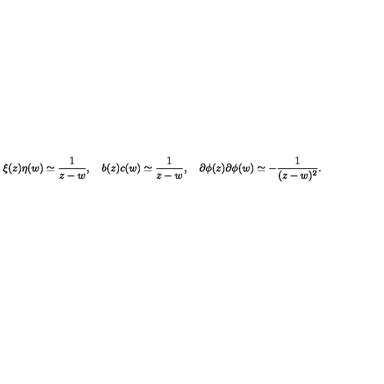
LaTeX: \xi ( z ) \eta ( w ) \simeq { \frac { 1 } { z - w } } , \quad b ( z ) c ( w ) \simeq { \frac { 1 } { z - w } } , \quad \partial \phi ( z ) \partial \phi ( w ) \simeq - { \frac { 1 } { ( z - w ) ^ { 2 } } } .